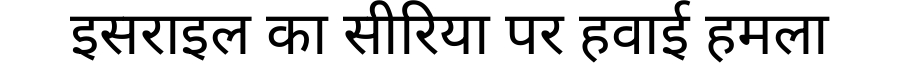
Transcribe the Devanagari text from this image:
इसराइल का सीरिया पर हवाई हमला